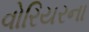
વોરિયરના